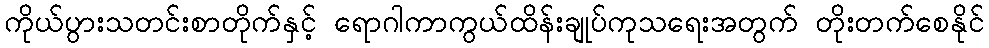
ကိုယ်ပွားသတင်းစာတိုက်နှင့် ရောဂါကာကွယ်ထိန်းချုပ်ကုသရေးအတွက် တိုးတက်စေနိုင်